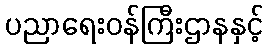
ပညာရေးဝန်ကြီးဌာနနှင့်